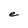
Character: e